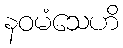
နဝမံသေဟိ